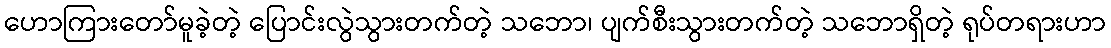
ဟောကြားတော်မူခဲ့တဲ့ ပြောင်းလွဲသွားတက်တဲ့ သဘော၊ ပျက်စီးသွားတက်တဲ့ သဘောရှိတဲ့ ရုပ်တရားဟာ